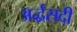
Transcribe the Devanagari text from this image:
अर्द्धसदी